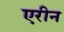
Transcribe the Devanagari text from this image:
एरीन